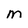
Character: m